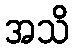
အသိ